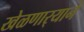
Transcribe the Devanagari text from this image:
खेळणार्‍याने